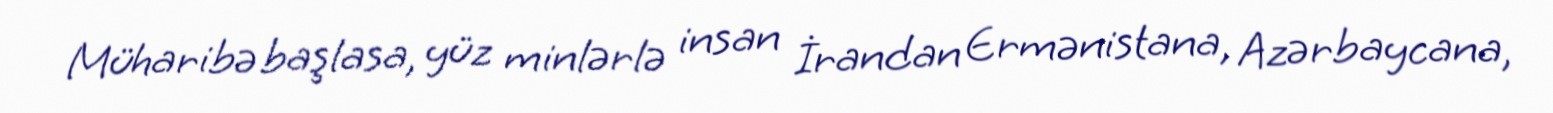
Müharibə başlasa, yüz minlərlə insan İrandan Ermənistana, Azərbaycana,